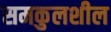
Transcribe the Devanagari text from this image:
समकुलशील